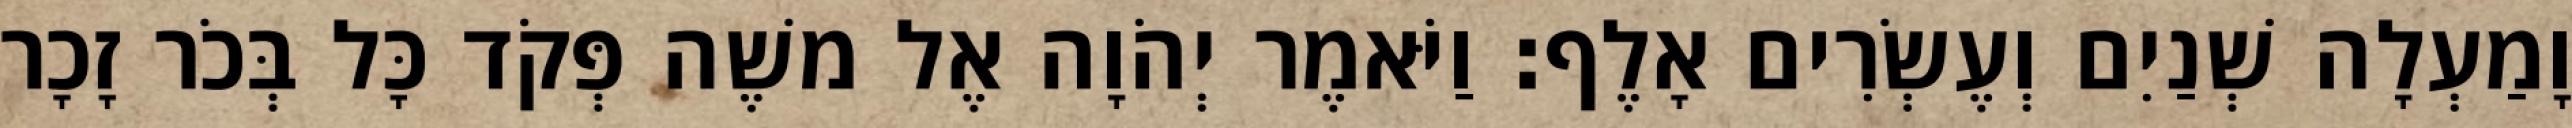
וָמַעְלָה שְׁנַיִם וְעֶשְׂרִים אָלֶף׃ וַיֹּאמֶר יְהֹוָה אֶל משֶׁה פְּקֹד כָּל בְּכֹר זָכָר